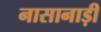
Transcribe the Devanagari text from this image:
नासानाड़ी